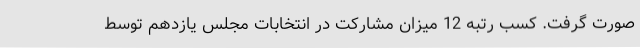
صورت گرفت. کسب رتبه 12 میزان مشارکت در انتخابات مجلس یازدهم توسط